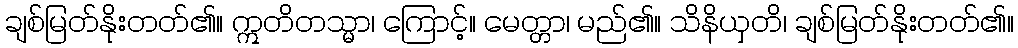
ချစ်မြတ်နိုးတတ်၏။ ဣတိတသ္မာ၊ ကြောင့်။ မေတ္တာ၊ မည်၏။ သိနိယှတိ၊ ချစ်မြတ်နိုးတတ်၏။